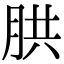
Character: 㬴